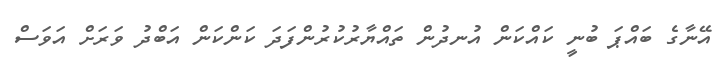
އޭނާގެ ބައްޕަ ބުނީ ކައްކަން އުނދުން ތައްޔާރުކުރުންފަދަ ކަންކަން އަބްދު ވަރަށް އަވަސް